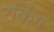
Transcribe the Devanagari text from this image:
रेकिंग